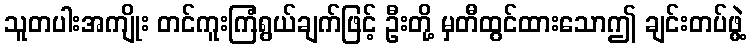
သူတပါးအကျိုး တင်ကူးကြံရွယ်ချက်ဖြင့် ဦးတို့ မှတီထွင်ထားသောဤ ချင်းတပ်ဖွဲ့